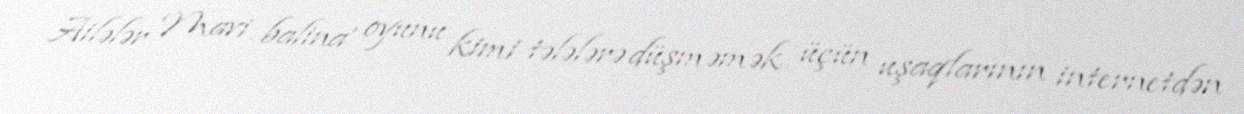
Ailələr ‘Mavi balina’ oyunu kimi tələlərə düşməmək üçün uşaqlarının internetdən